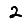
Digit: 2